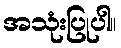
အသုံးပြုပါ။